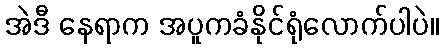
အဲဒီ နေရာက အပူကခံနိုင်ရုံလောက်ပါပဲ။